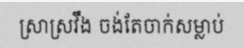
ស្រាស្រវឹង ចង់តែចាក់សម្លាប់